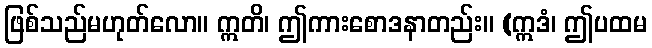
ဖြစ်သည်မဟုတ်လော။ ဣတိ၊ ဤကားစောဒနာတည်း။ (ဣဒံ၊ ဤပထမ